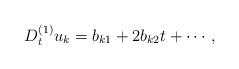
LaTeX: \begin{align*}D_t^{(1)} u_k= b_{k1}+2b_{k2}t+\cdots,\end{align*}